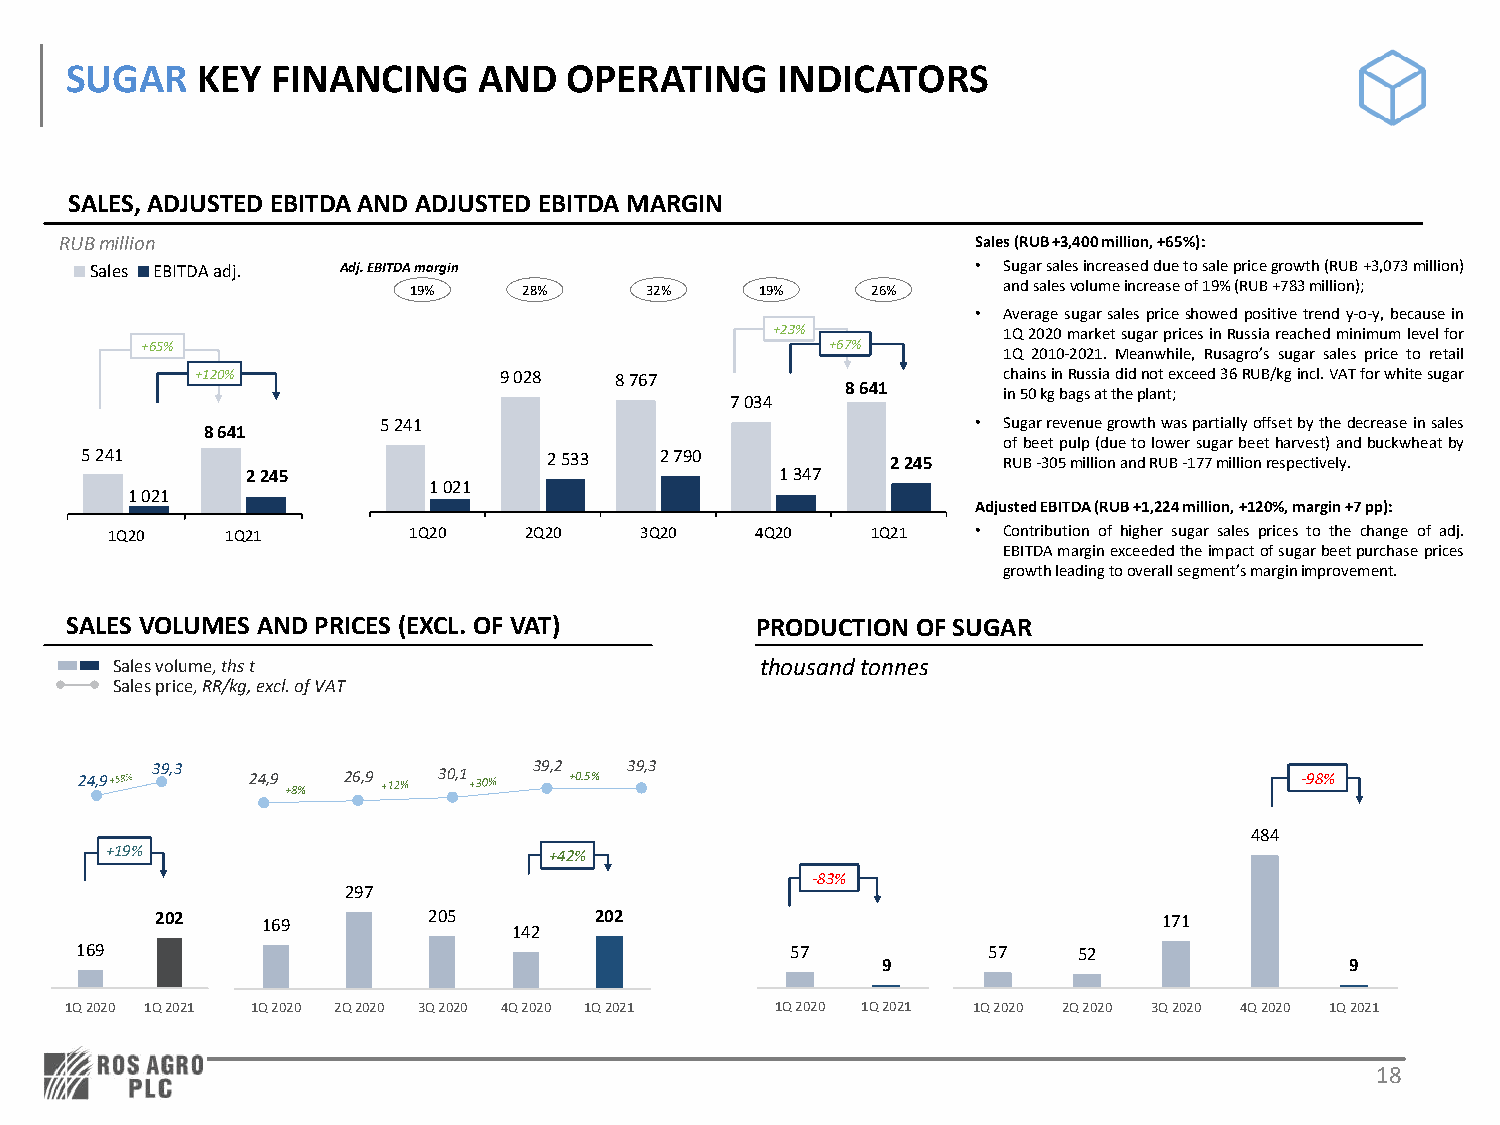
SUGAR    KEY  FINANCING     AND   OPERATING    INDICATORS
 SALES, ADJUSTED EBITDA AND ADJUSTED EBITDA MARGIN
 RUBmillion                                                   Sales (RUB +3,400 million, +65%):
 Sales EBITDA adj. Adj. EBITDA margin                       • Sugarsalesincreasedduetosalepricegrowth(RUB+3,073million)
 19%     28%     32%    19%     26%     andsalesvolumeincreaseof19%(RUB+783million);
 • Averagesugarsalespriceshowedpositivetrendy-o-y,becausein
 +23%           1Q2020marketsugarpricesinRussiareachedminimumlevelfor
 +65%                                          +67%       1Q 2010-2021. Meanwhile, Rusagro’s sugar sales price to retail
 +120%               9028    8767                     chainsinRussiadidnotexceed36RUB/kgincl.VATforwhitesugar
 8641
 in50kgbagsattheplant;
 7034
 5241                                    • Sugarrevenuegrowthwaspartiallyoffsetbythedecreaseinsales
 8641
 ofbeetpulp(duetolowersugarbeetharvest)andbuckwheatby
 5241                           2533    2790           2245   RUB-305millionandRUB-177millionrespectively.
 2245                                1347
 1021
 1021
 Adjusted EBITDA (RUB +1,224 million, +120%, margin +7pp):
 1Q20    1Q21        1Q20    2Q20   3Q20    4Q20    1Q21   • Contribution of higher sugar sales prices to the change of adj.
 EBITDAmarginexceededtheimpactofsugarbeetpurchaseprices
 growthleadingtooverallsegment’smarginimprovement.
 SALES VOLUMES AND PRICES (EXCL. OF VAT)       PRODUCTION OF SUGAR
 Sales volume, thst                         thousand tonnes
 Sales price, RR/kg, excl. of VAT
 24,9 39,3  24,9   26,9  30,1  39,2 +0.5% 39,3                                    -98%
 +8%
 484
 +19%                         +42%
 -83%
 297
 202    169        205        202                                   171
 142
 169                                            57           57    52
 9                              9
 1Q 2020 1Q 2021 1Q 2020 2Q 2020 3Q 2020 4Q 2020 1Q 2021 1Q 2020 1Q 2021 1Q 2020 2Q 2020 3Q 2020 4Q 2020 1Q 2021
 18